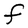
Character: F